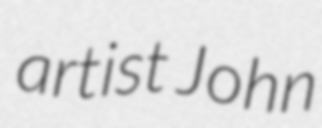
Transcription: artist John